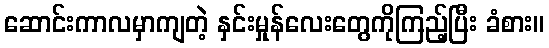
ဆောင်းကာလမှာကျတဲ့ နှင်းမှုန်လေးတွေကိုကြည့်ပြီး ခံစား။